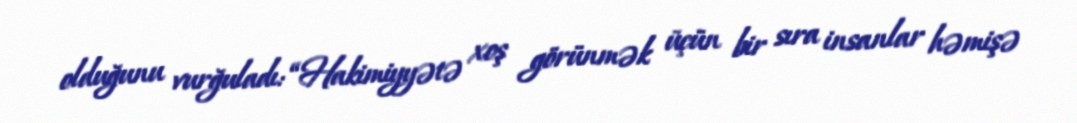
olduğunu vurğuladı: “Hakimiyyətə xoş görünmək üçün bir sıra insanlar həmişə